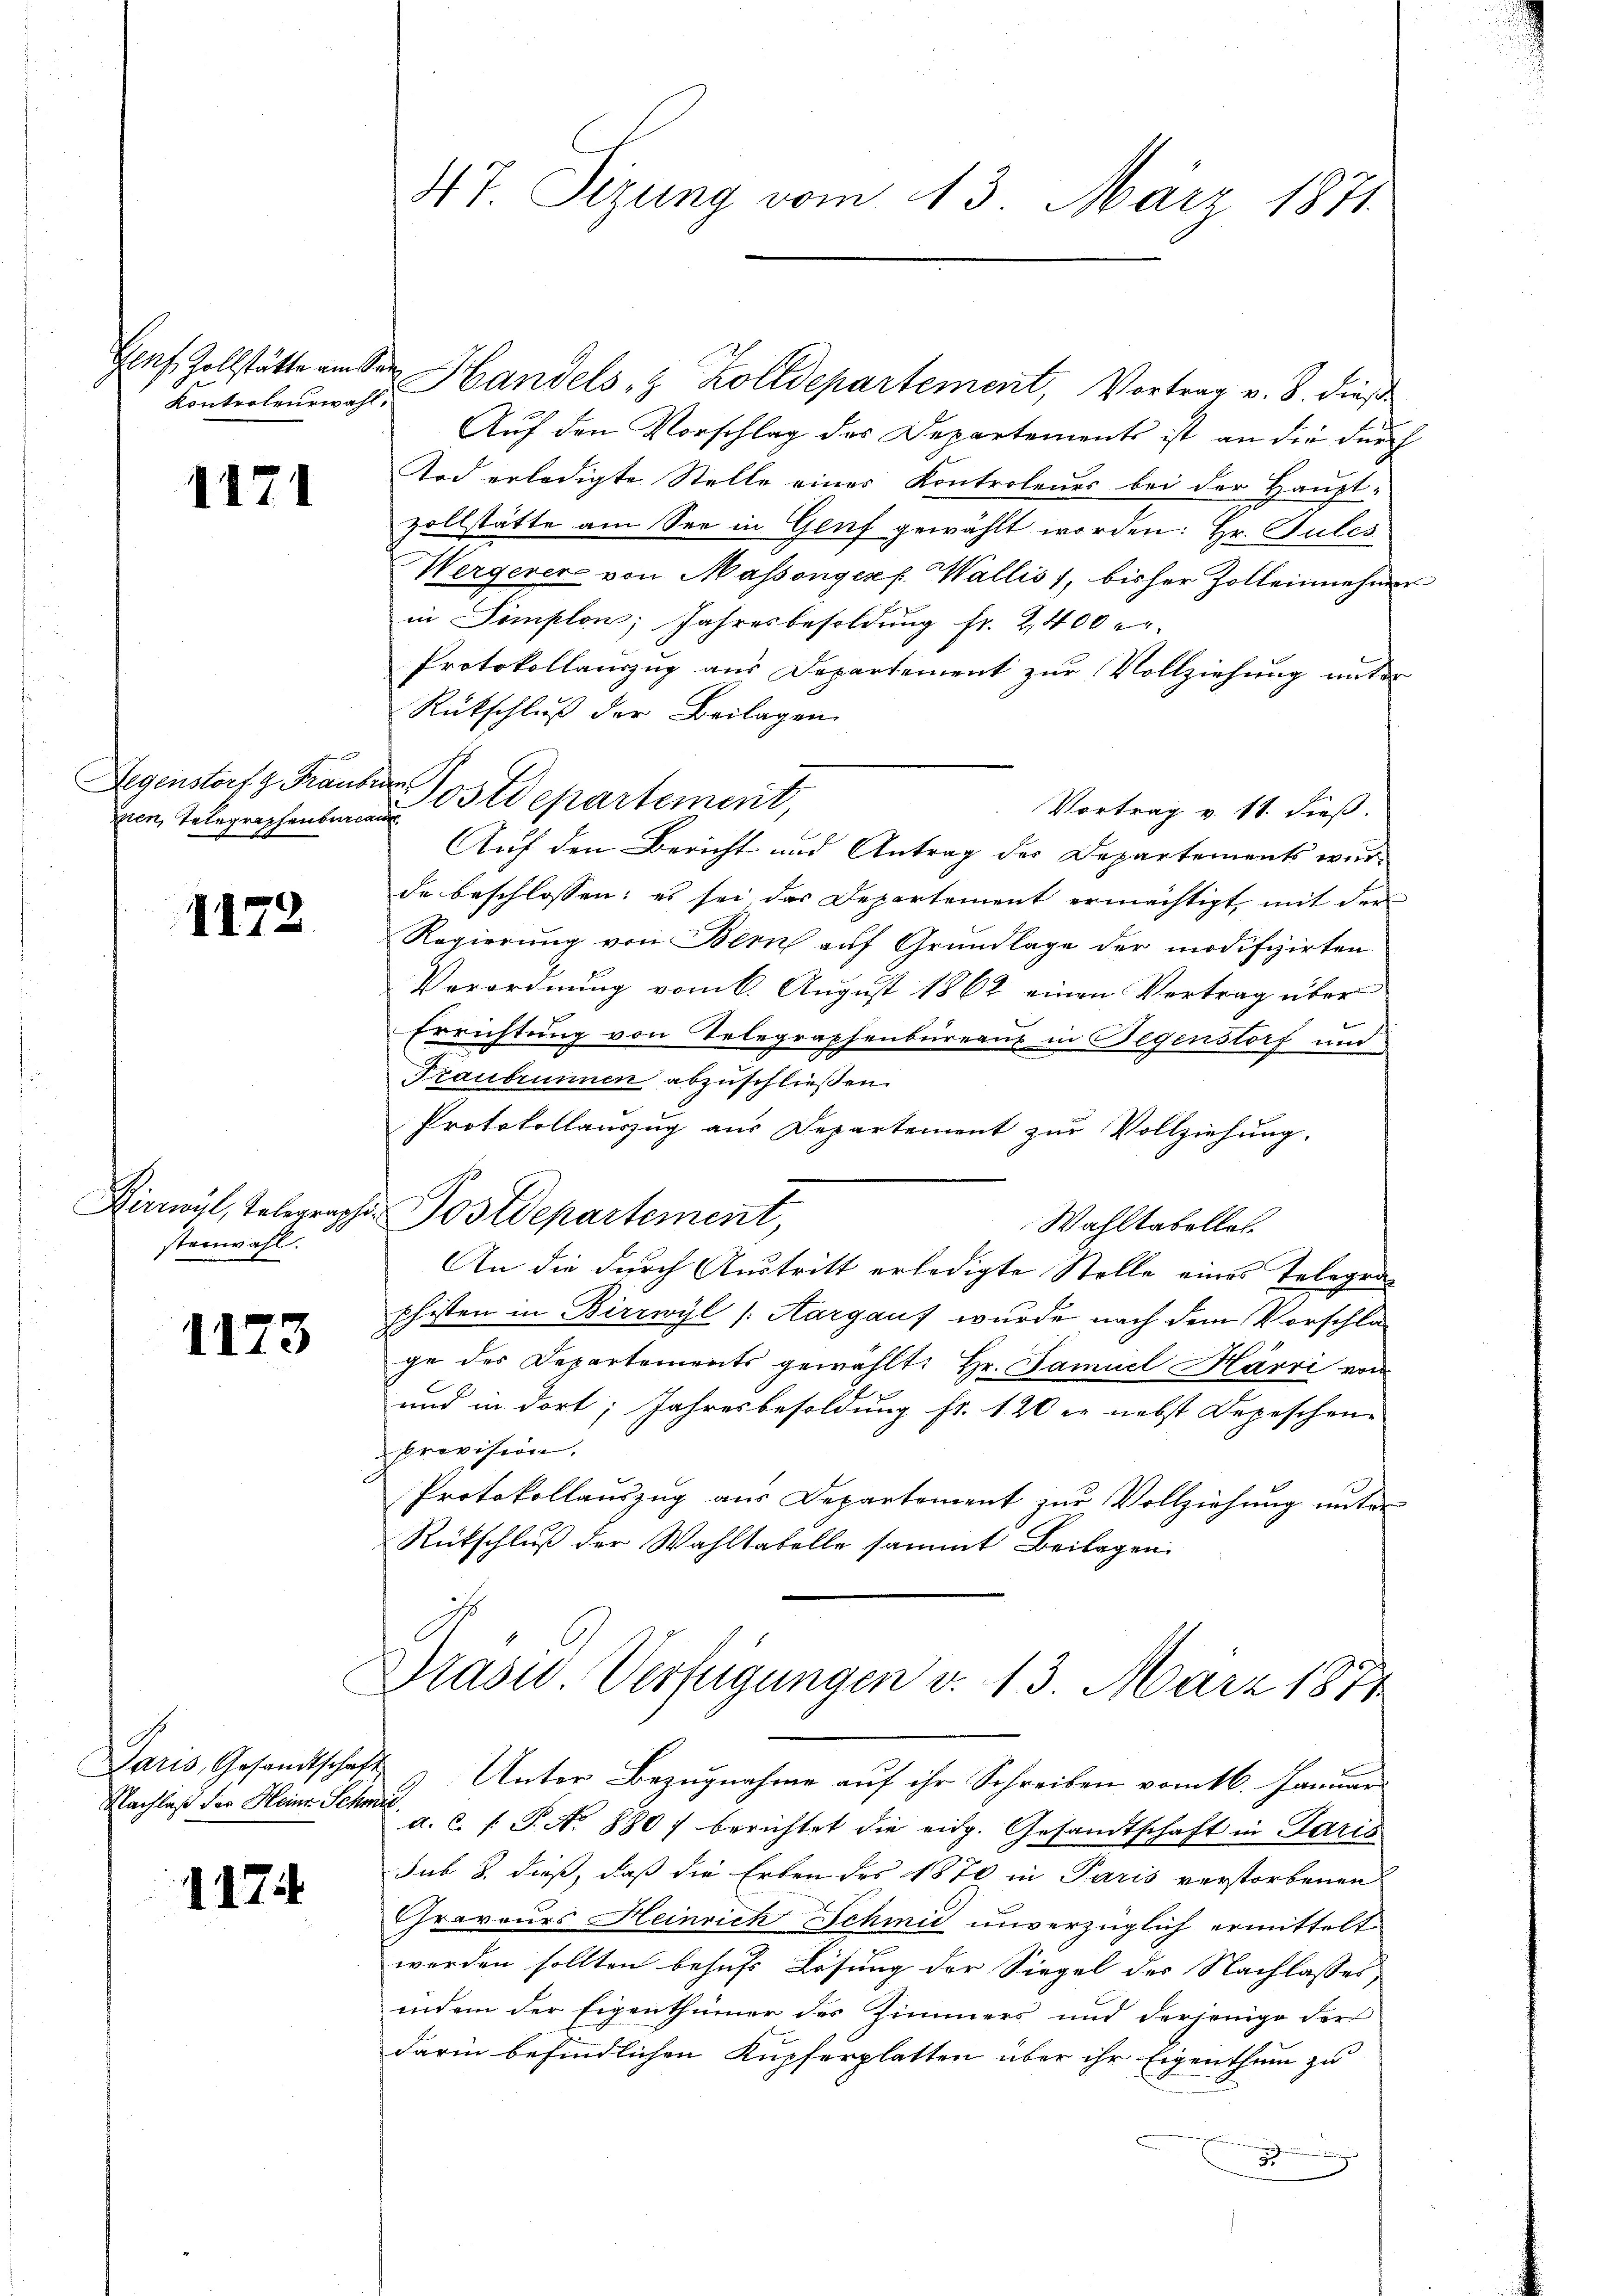
Kontroleurwahl.

1171

zien, Telegraphenbureau

1172

stenwahl.

1173

Nachlaß der Heine Schmid

174

47. Sizung vom 13. März 1871

Genf, Zollstätte am Seen Handels- & Zolldepartement, Vortrag v. 8. dieß
Auf den Vorschlag des Departements ist an die durch
Tod erledigte Stelle eines Kontroleues bei der Hauptzollstätte am See in Genf gewählt worden: Hr. Gutes
Hergerer von Massengerf. Wallis, bisher Zolleinnehmer
in Simplon Jahresbesoldung fr. 2400
Protokollauszug aus Departement zur Vollziehung unter
Rückschluß der Beilagen
Vortrag v. 18. dieß.
Auf den Bericht und Antrag des Departements wir
de beschlossen: es sei das Departement ermächtigt, mit der
Regierung von Bern auf Grundlage der modifizirten
Verordnŭng vom 6. Aŭgŭst 1862 einen Vertrag über
Errichtung von Telegraphenbureaus in Begenstorf und
Traubrunnen abzuschließen.
Protokollauszug aus Departement zur Vollziehung.
Kirwyl, Telegraphen Postdepartement,
Wahltabellet.
An die durch Austritt erledigte Stelle eines Telegraphisten in Birrwyl (Aargauf wurde nach dem Vorschlage des Departements gewählt: Hr. Samuel Härri von
und in dort, Jahresbesoldung fr. 120 er nebst Depeschen-
provision.
Protokollauszug aus Departement zur Vollziehung unter
Rückschluß der Wahltabelle sammt Beilagen

Degenstorf 9 Frauder Postdepartement,

Brasis. Verfügungen v. 13. März 1874
Paris, Gesandtschaft Unter Bezŭgnahme aŭf ihr Schreiben vom 16. Januar

a.c. (T. No 880) berichtet die eidg. Gesandtschaft in Paris
sub 8. dieß, daß die Erben des 1870 in Paris verstorbenen
Chravours Heinrich Schmid unverzüglich ermittelt
werden sollten behufs Lösung der Siegel des Nachlasses
indem der Eigenthümer des Zimmers und derjenige der
darin befindlichen Kupferplatten über ihr Eigenthum zu